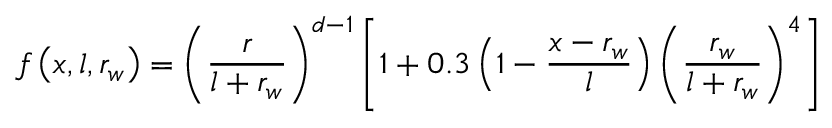
f \left( x , l , r _ { w } \right) = \left( \frac { r } { l + r _ { w } } \right) ^ { d - 1 } \left[ 1 + 0 . 3 \left( 1 - \frac { x - r _ { w } } { l } \right) \left( \frac { r _ { w } } { l + r _ { w } } \right) ^ { 4 } \right]